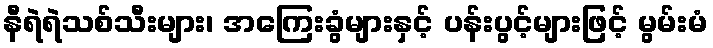
နီရဲရဲသစ်သီးများ၊ အကြေးခွံများနှင့် ပန်းပွင့်များဖြင့် မွမ်းမံ